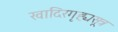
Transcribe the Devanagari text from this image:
खादिरगृह्यसूत्र